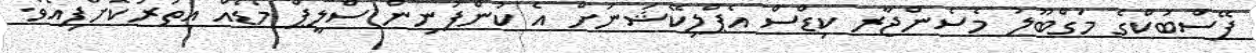
ފޭސްބުކްގެ މަގްބޫލު މެސެންޖާރ ކިޑްސް އެޕްލިކޭޝަނަށް އެ ކުންފުނިން ސްލީޕް މޯޑެއް އިތުރުކޮށްފިއެވެ.